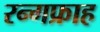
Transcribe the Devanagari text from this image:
रन्गफ्राह